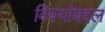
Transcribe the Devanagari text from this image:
विषयांबद्दल